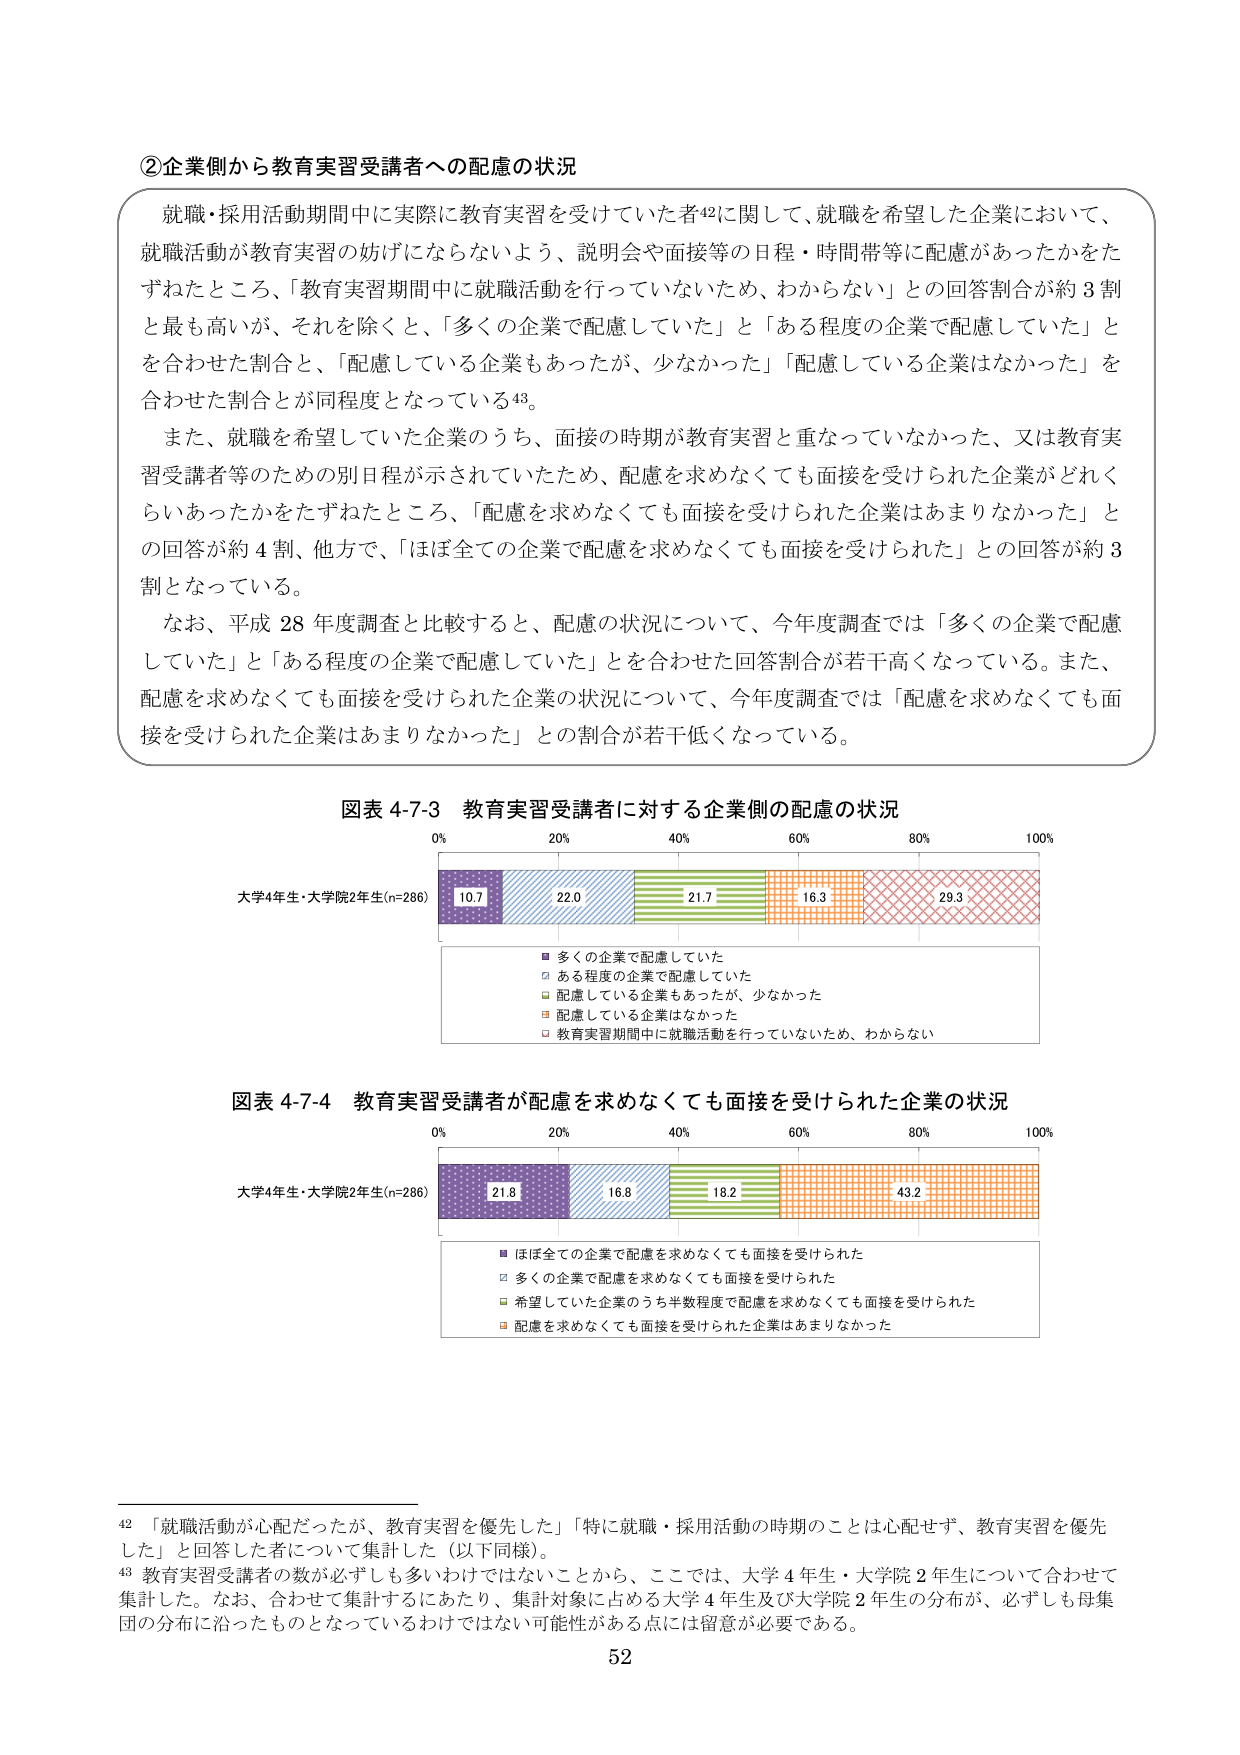
②企業側から教育実習受講者への配慮の状況

就職・採用活動期間中に実際に教育実習を受けていた者⁴²に関して、就職を希望した企業において、就職活動が教育実習の妨げにならないよう、説明会や面接等の日程・時間帯等に配慮があったかをたずねたところ、「教育実習期間中に就職活動を行っていないため、わからない」との回答割合が約3割と最も高いが、それを除くと、「多くの企業で配慮していた」と「ある程度の企業で配慮していた」とを合わせた割合と、「配慮している企業もあったが、少なかった」「配慮している企業はなかった」を合わせた割合とが同程度となっている⁴³。

また、就職を希望していた企業のうち、面接の時期が教育実習と重なっていなかった、又は教育実習受講者等のための別日程が示されていたため、配慮を求めなくても面接を受けられた企業がどれくらいあったかをたずねたところ、「配慮を求めなくても面接を受けられた企業はあまりなかった」との回答が約4割、他方で、「ほぼ全ての企業で配慮を求めなくても面接を受けられた」との回答が約3割となっている。

なお、平成28年度調査と比較すると、配慮の状況について、今年度調査では「多くの企業で配慮していた」と「ある程度の企業で配慮していた」とを合わせた回答割合が若干高くなっている。また、配慮を求めなくても面接を受けられた企業の状況について、今年度調査では「配慮を求めなくても面接を受けられた企業はあまりなかった」との割合が若干低くなっている。

図表4-7-3 教育実習受講者に対する企業側の配慮の状況

大学4年生・大学院2年生(n=286)
10.7 22.0 21.7 16.3 29.3

■ 多くの企業で配慮していた
□ ある程度の企業で配慮していた
■ 配慮している企業もあったが、少なかった
■ 配慮している企業はなかった
□ 教育実習期間中に就職活動を行っていないため、わからない

図表4-7-4 教育実習受講者が配慮を求めなくても面接を受けられた企業の状況

大学4年生・大学院2年生(n=286)
21.8 16.8 18.2 43.2

■ ほぼ全ての企業で配慮を求めなくても面接を受けられた
□ 多くの企業で配慮を求めなくても面接を受けられた
■ 希望していた企業のうち半数程度で配慮を求めなくても面接を受けられた
■ 配慮を求めなくても面接を受けられた企業はあまりなかった

⁴² 「就職活動が心配だったが、教育実習を優先した」「特に就職・採用活動の時期のことは心配せず、教育実習を優先した」と回答した者について集計した（以下同様）。

⁴³ 教育実習受講者の数が必ずしも多いわけではないことから、ここでは、大学4年生・大学院2年生について合わせて集計した。なお、合わせて集計するにあたり、集計対象に占める大学4年生及び大学院2年生の分布が、必ずしも母集団の分布に沿ったものとなっているわけではない可能性がある点には留意が必要である。

52